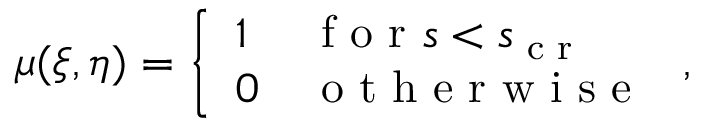
\mu ( \boldsymbol { \xi } , \boldsymbol { \eta } ) = \left\{ \begin{array} { l l } { 1 } & { \textup { f o r } s < s _ { \textup { c r } } } \\ { 0 } & { \textup { o t h e r w i s e } } \end{array} \right. ,